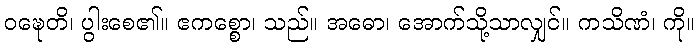
ဝဍ္ဎေတိ၊ ပွါးစေ၏။ ဧကစ္စော၊ သည်။ အဓော၊ အောက်သို့သာလျှင်။ ကသိဏံ၊ ကို။